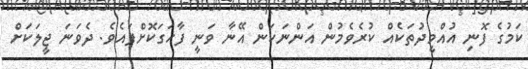
ކަމުގެ ފޮނި އުއްމީދުތަކެއް ކުރެވެމުން އަންނަކަން އޭނާ ވަނީ ފާހަގަކޮށްފައެވެ. ދެވަނަ ޖީލަކަށް